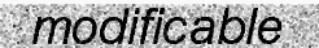
modificable